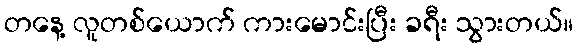
တနေ့ လူတစ်ယောက် ကားမောင်းပြီး ခရီး သွားတယ်။